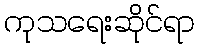
ကုသရေးဆိုင်ရာ